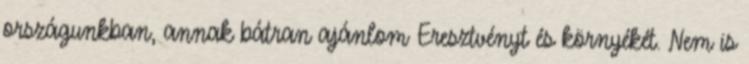
országunkban, annak bátran ajánlom Eresztvényt és környékét. Nem is